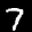
Label: 7